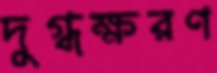
দুগ্ধক্ষরণ